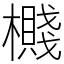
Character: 㰄